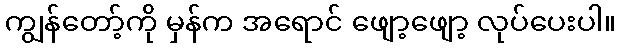
ကျွန်တော့်ကို မှန်က အရောင် ဖျော့ဖျော့ လုပ်ပေးပါ။